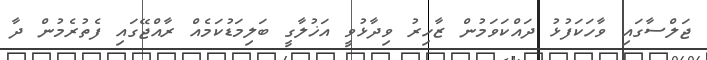
ޖަލްސާގައި ވާހަކަފުޅު ދައްކަވަމުން ޒާހިރު ވިދާޅުވީ އަޚުލާގީ ބަލިމަޑުކަމެއް ރާއްޖޭގައި ފެތުރެމުން ދާ